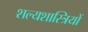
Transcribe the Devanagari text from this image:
शल्यशास्त्रियों